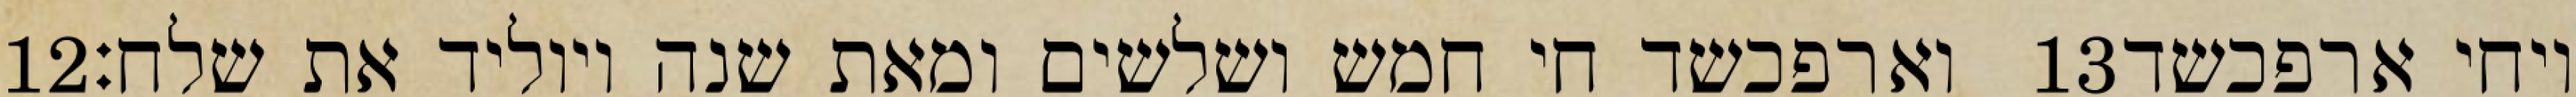
‎12‏ וארפכשד חי חמש ושלשים ומאת שנה ויוליד את שלח׃ ‎13‏ ויחי ארפכשד